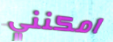
امكنني